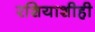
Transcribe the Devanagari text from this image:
रशियाशीही